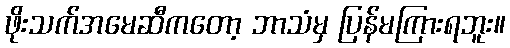
ဖိုးသက်အမေဆီကတော့ ဘာသံမှ ပြန်မကြားရဘူး။